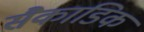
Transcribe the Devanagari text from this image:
सैकाडिक